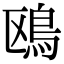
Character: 鴎